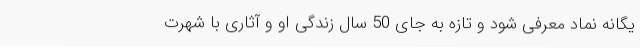
یگانه نماد معرفی شود و تازه به جای 50 سال زندگی او و آ‌ثاری با شهرت